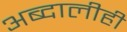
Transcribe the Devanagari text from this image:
अब्दालीही